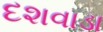
દશવાડા